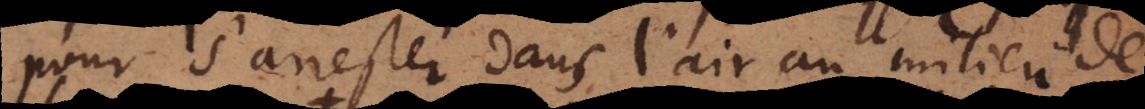
pour s’arrester dans l’air au milieu de